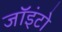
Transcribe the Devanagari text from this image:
जॉइंटो